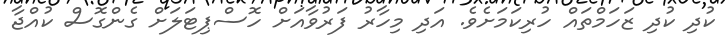
ކުދި ކުދި ޒަހަމްތައް ހުރިކަމަށެވެ. އަދި މިހާރު ފަރުވާއަށް ހޮސްޕިޓަލަަށް ގެންގޮސް ކުއްޖާ